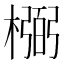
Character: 𰘰